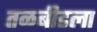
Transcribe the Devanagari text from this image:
तळबीडला